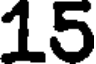
15